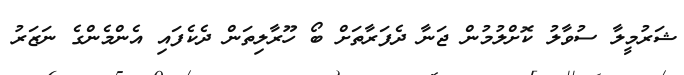
ޝަރުމީލާ ސުވާލު ކޮށްލުމުން ޖަނާ ދެފަރާތަށް ބޯ ހޫރާލިތަން ދެކެފައި އެންމެންގެ ނަޒަރު